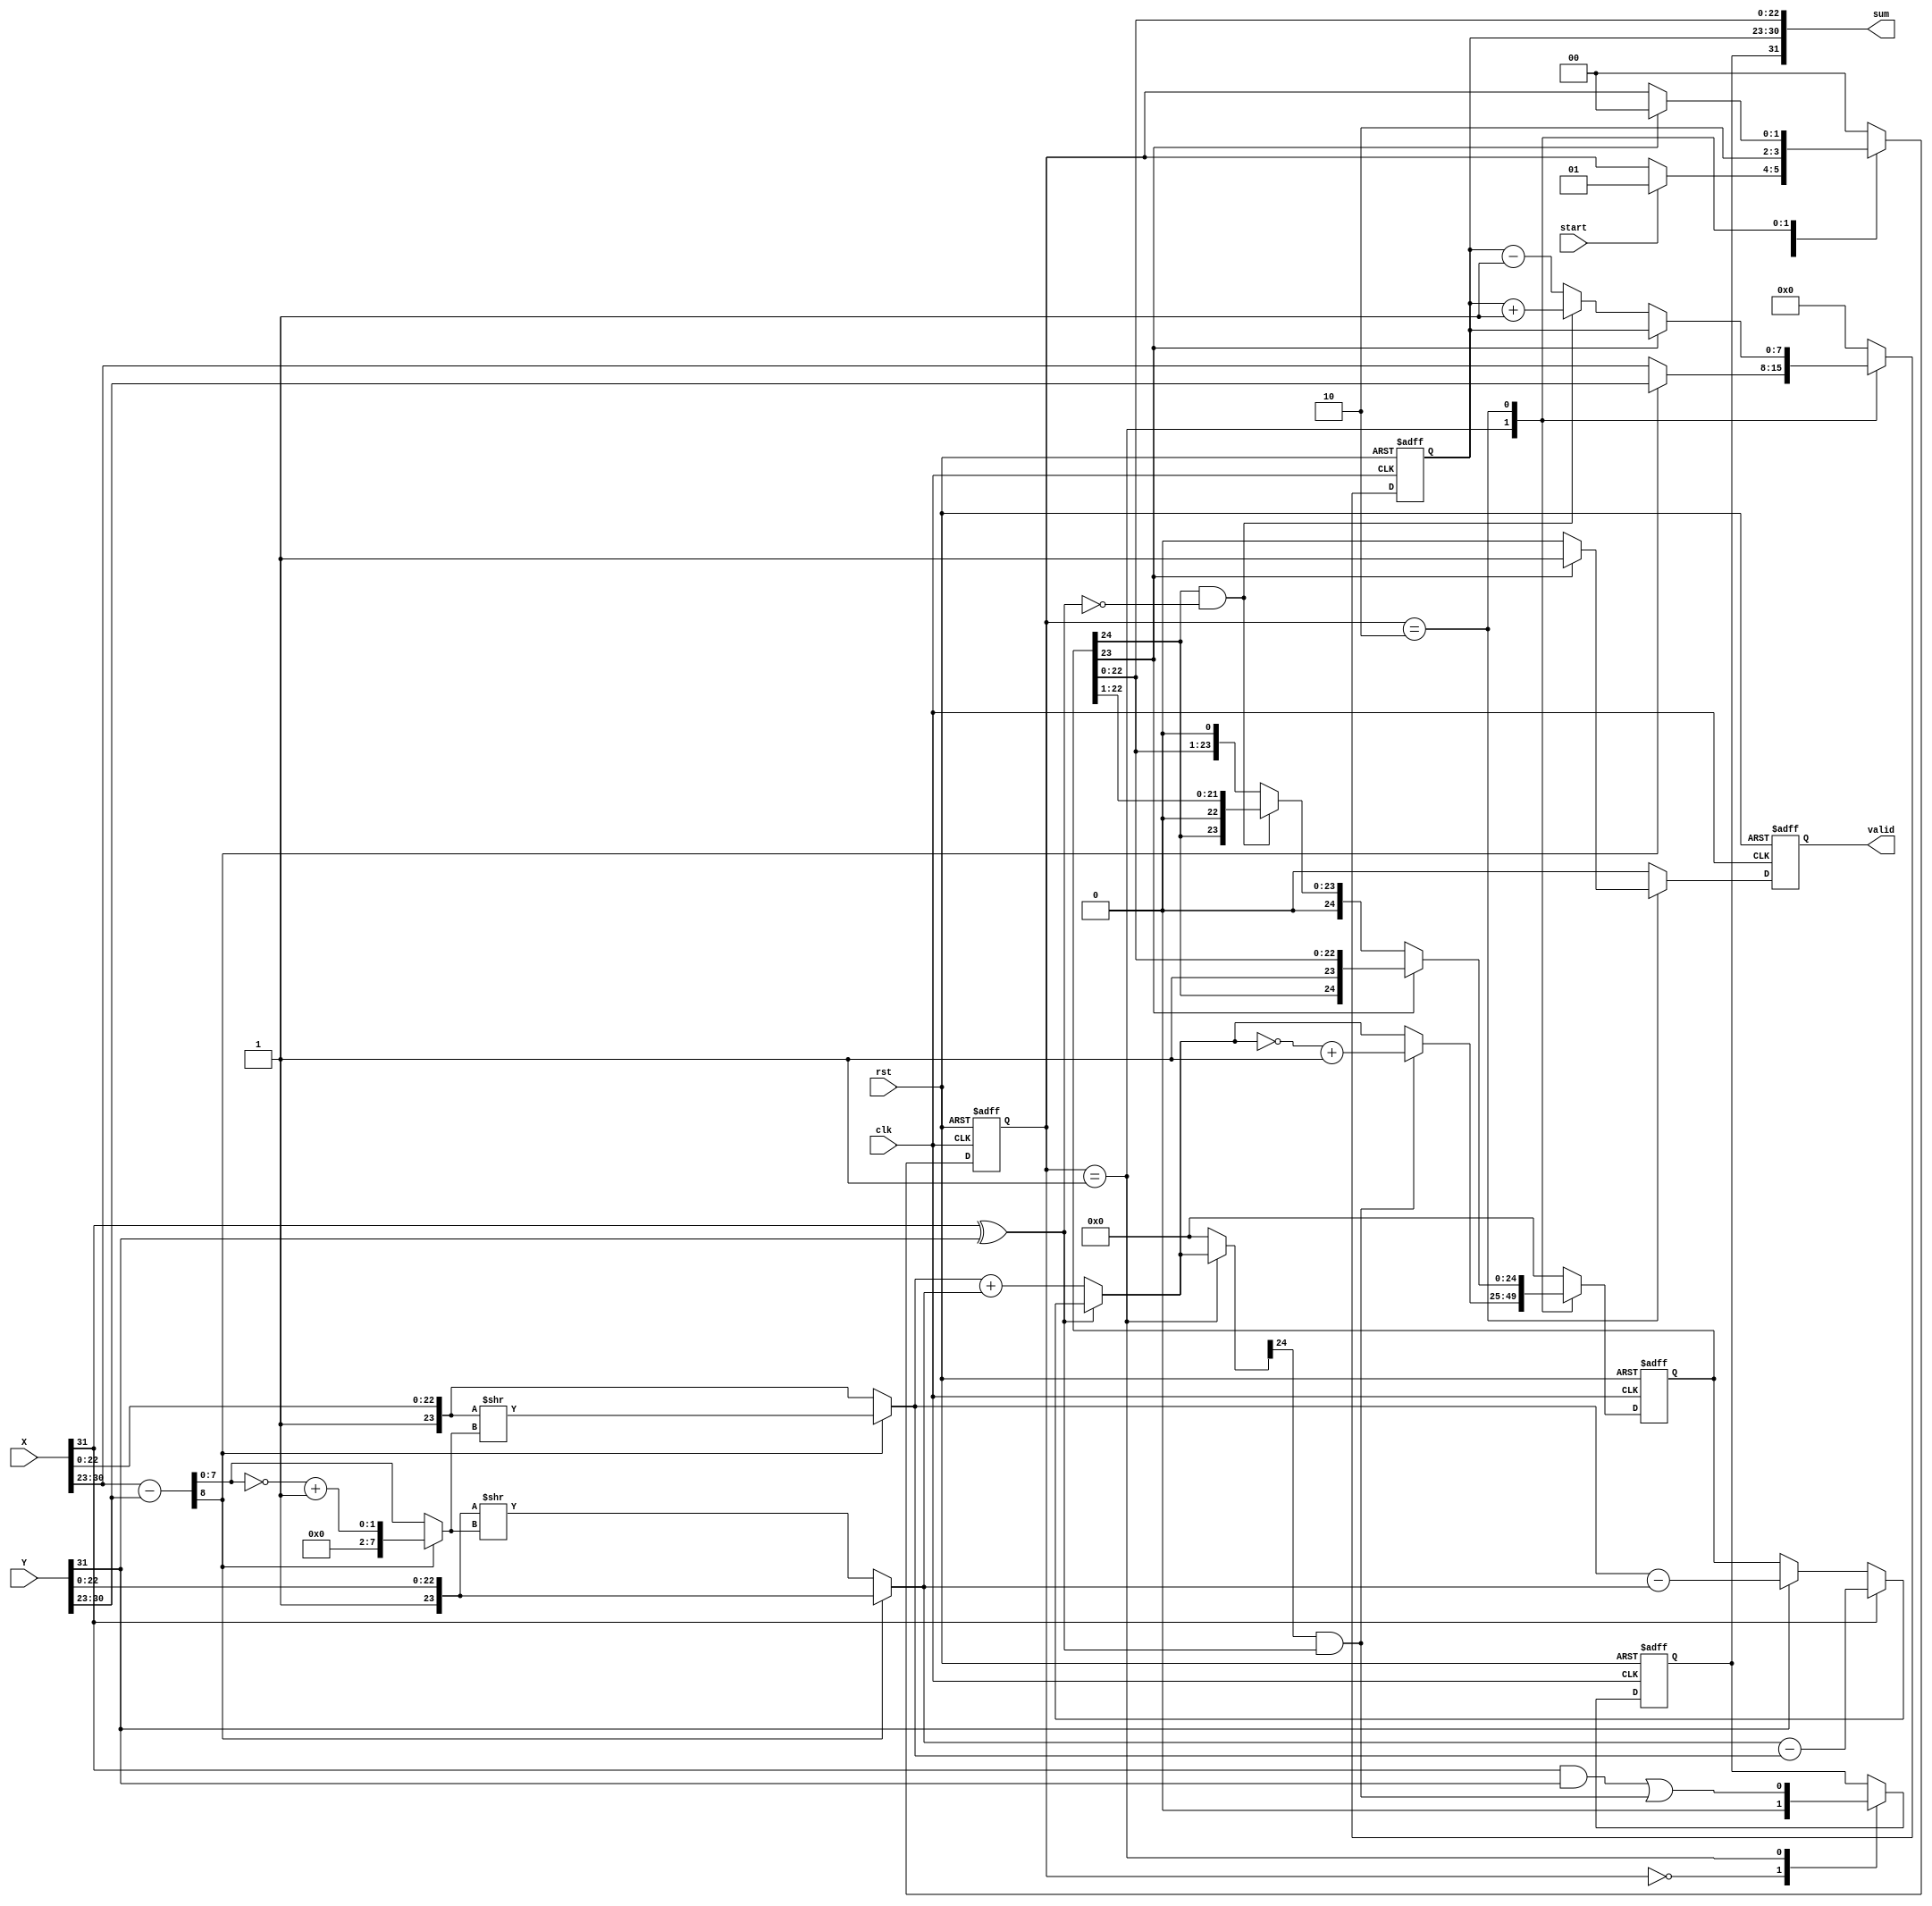
module Float_Add(clk,rst,start,X,Y,valid,sum);

input clk;
input rst;
input start;
input [31:0]X,Y;	//In IEEE754 format
output [31:0]sum;	//In IEEE754 format
output valid;

reg X_sign;
reg Y_sign;
reg sum_sign,next_sum_sign;
reg [7:0] X_exp;
reg [7:0] Y_exp;
reg [7:0] sum_exp,next_sum_exp;
reg [23:0] X_mant, Y_mant;
reg [23:0] X_mantissa, Y_mantissa; //24 bits = 23 + implicit 1
reg [24:0] sum_mantissa, next_sum_mantissa; //sum is 25 bits

reg [8:0] expsub,abs_diff;
reg [24:0] sum_mantissa_temp;
reg [1:0] next_state, pres_state;
reg valid, next_valid;

parameter IDLE = 2'b00;
parameter START = 2'b01;
parameter SHIFT_MANT = 2'b10;

assign sum = {sum_sign,sum_exp,sum_mantissa[22:0]};
assign add_carry = sum_mantissa[24] & !(X_sign ^ Y_sign);	//carry during add
assign sub_borrow = sum_mantissa_temp[24] & (X_sign ^ Y_sign); //borrow during sub

always @ (posedge clk or negedge rst)
begin
if(!rst)
begin
	valid 	     <= 1'b0;
	pres_state   <= 2'd0;
	sum_exp      <= 8'd0;
	sum_mantissa <= 25'd0;
	sum_sign     <= 1'b0;
end
else
begin
	valid 	     <= next_valid;
	pres_state   <= next_state;
	sum_exp      <= next_sum_exp;
	sum_mantissa <= next_sum_mantissa;
	sum_sign     <= next_sum_sign;
end
end

always @ (*)
begin 
next_valid = 1'b0;
X_sign = X[31];
X_exp = X[30:23];
X_mant = {1'b1,X[22:0]};	
Y_sign = Y[31];
Y_exp = Y[30:23];
Y_mant = {1'b1,Y[22:0]};
next_sum_sign = sum_sign;		
next_sum_exp = 8'd0;
next_sum_mantissa = 25'd0;
next_state = IDLE;
sum_mantissa_temp = 25'd0;

case(pres_state)
IDLE:
begin
	next_valid = 1'b0;
	X_sign = X[31];
	X_exp = X[30:23];
	X_mant = {1'b1,X[22:0]};	//Implicit 1 added
	Y_sign = Y[31];
	Y_exp = Y[30:23];
	Y_mant = {1'b1,Y[22:0]};
	next_sum_sign = 1'b0;
	next_sum_exp = 8'd0;
	next_sum_mantissa = 25'd0;
	next_state = (start) ? START : pres_state;
end

START:
begin
    expsub = X_exp - Y_exp;
    abs_diff = expsub[8] ? !(expsub[7:0])+1'b1 : expsub[7:0];	//Absolute difference
    X_mantissa = expsub[8] ? X_mant >> abs_diff : X_mant;	//X mant shifts if expsub[8]
    Y_mantissa = expsub[8] ? Y_mant : Y_mant >> abs_diff;   //Y mant shifts if !expsub[8]
    next_sum_exp = expsub[8] ? Y_exp : X_exp;			//Greater exp taken
    sum_mantissa_temp = !(X_sign ^ Y_sign) ? X_mantissa + Y_mantissa :	//Add mantissas
			 (X_sign) ? Y_mantissa - X_mantissa :
			 (Y_sign) ? X_mantissa - Y_mantissa : sum_mantissa;
    next_sum_mantissa = (sub_borrow) ? ~(sum_mantissa_temp)+1'b1 : sum_mantissa_temp; //2s comp if req
    next_sum_sign = ((X_sign & Y_sign) || sub_borrow);
    next_valid = 1'b0;	
    next_state = SHIFT_MANT;	
end

SHIFT_MANT:					//State to shift Mantissa to make bit23 = 1
begin
    next_sum_exp = sum_mantissa[23] ? sum_exp : (add_carry)? sum_exp + 1'b1 : sum_exp - 1'b1;
    next_sum_mantissa = sum_mantissa[23] ? sum_mantissa : (add_carry) ? sum_mantissa >> 1 : sum_mantissa << 1;
    next_valid = sum_mantissa[23] ? 1'b1 : 1'b0;
    next_state = sum_mantissa[23] ? IDLE : pres_state;
end

endcase
end
endmodule